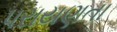
પરાયણતા